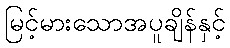
မြင့်မားသောအပူချိန်နှင့်